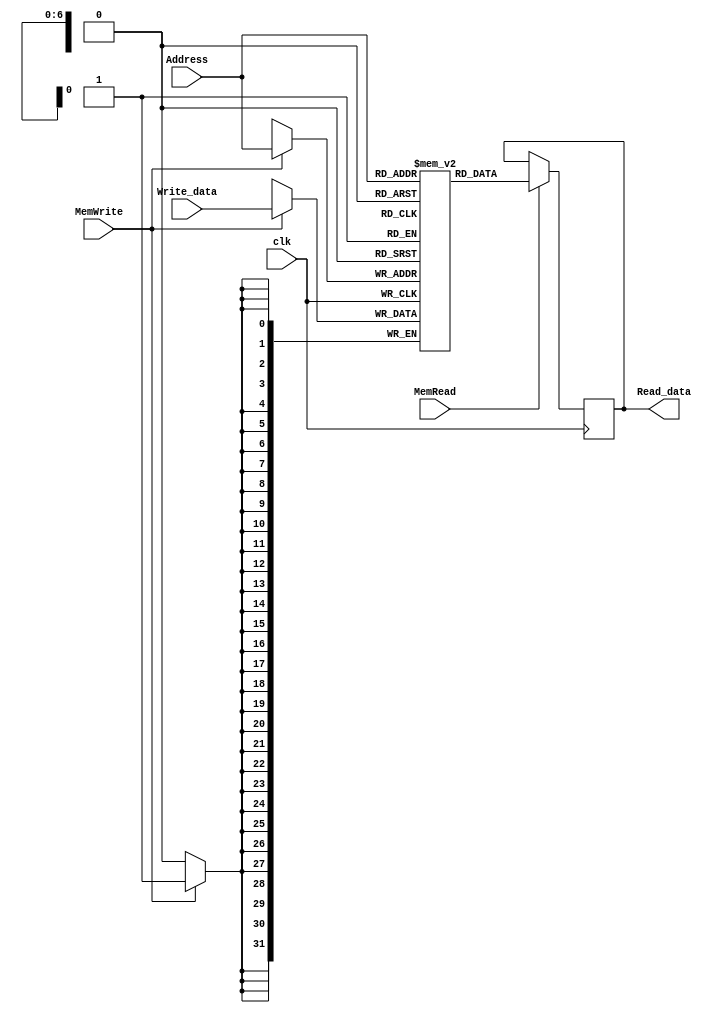
`timescale 1ns / 1ps
//////////////////////////////////////////////////////////////////////////////////
// Company: 
// Engineer: 
// 
// Design Name: 
// Module Name:    Data_Memory 
// Project Name: 
// Target Devices: 
// Tool versions: 
// Description: 
//
// Dependencies: 
//
// Revision: 
// Revision 0.01 - File Created
// Additional Comments: 
//
//////////////////////////////////////////////////////////////////////////////////
module Data_Memory( input clk , input [ 6 : 0 ] Address , input [ 31 : 0 ] Write_data , input MemWrite , input MemRead , output reg [ 31 : 0 ] Read_data );
	reg [ 31 : 0 ] Memory [ 0 : 127 ] ;
	initial
	begin
		Memory [ 13 ] <= 3 ;
	end
	always @ ( posedge clk )
	begin
		if ( MemWrite )
		begin
			Memory [ Address ] <= Write_data ;
		end
		if ( MemRead )
		begin
			Read_data <= Memory [ Address ] ;
		end
	end
endmodule